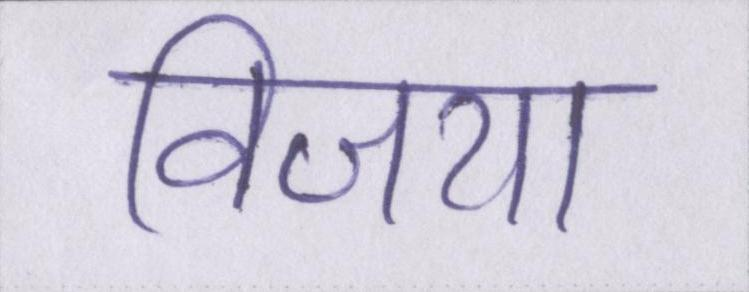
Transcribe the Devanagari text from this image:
विजया